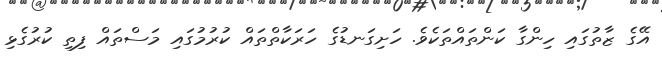
އޭގެ ޒާތުގައި ހިންގާ ކަންތައްތަކެވެ. ހަށިގަނޑުގެ ހަރަކާތްތައް ކުރުމުގައި މަސްތައް ފިތި ކުރުގެޅި